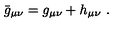
\bar { g } _ { \mu \nu } = g _ { \mu \nu } + h _ { \mu \nu } \ .